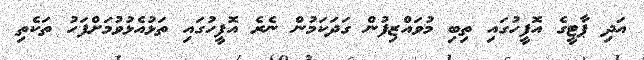
އަދި ޕާޓީގެ އޮފީހުގައި ތިބި މުވައްޒިފުން ގަދަކަމުން ނެރެ އޮފީހުގައި ތަޅުއެޅުވުމަށްފަހު ތަކެތި